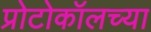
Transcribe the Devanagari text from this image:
प्रोटोकॉलच्या